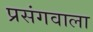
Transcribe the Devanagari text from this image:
प्रसंगवाला